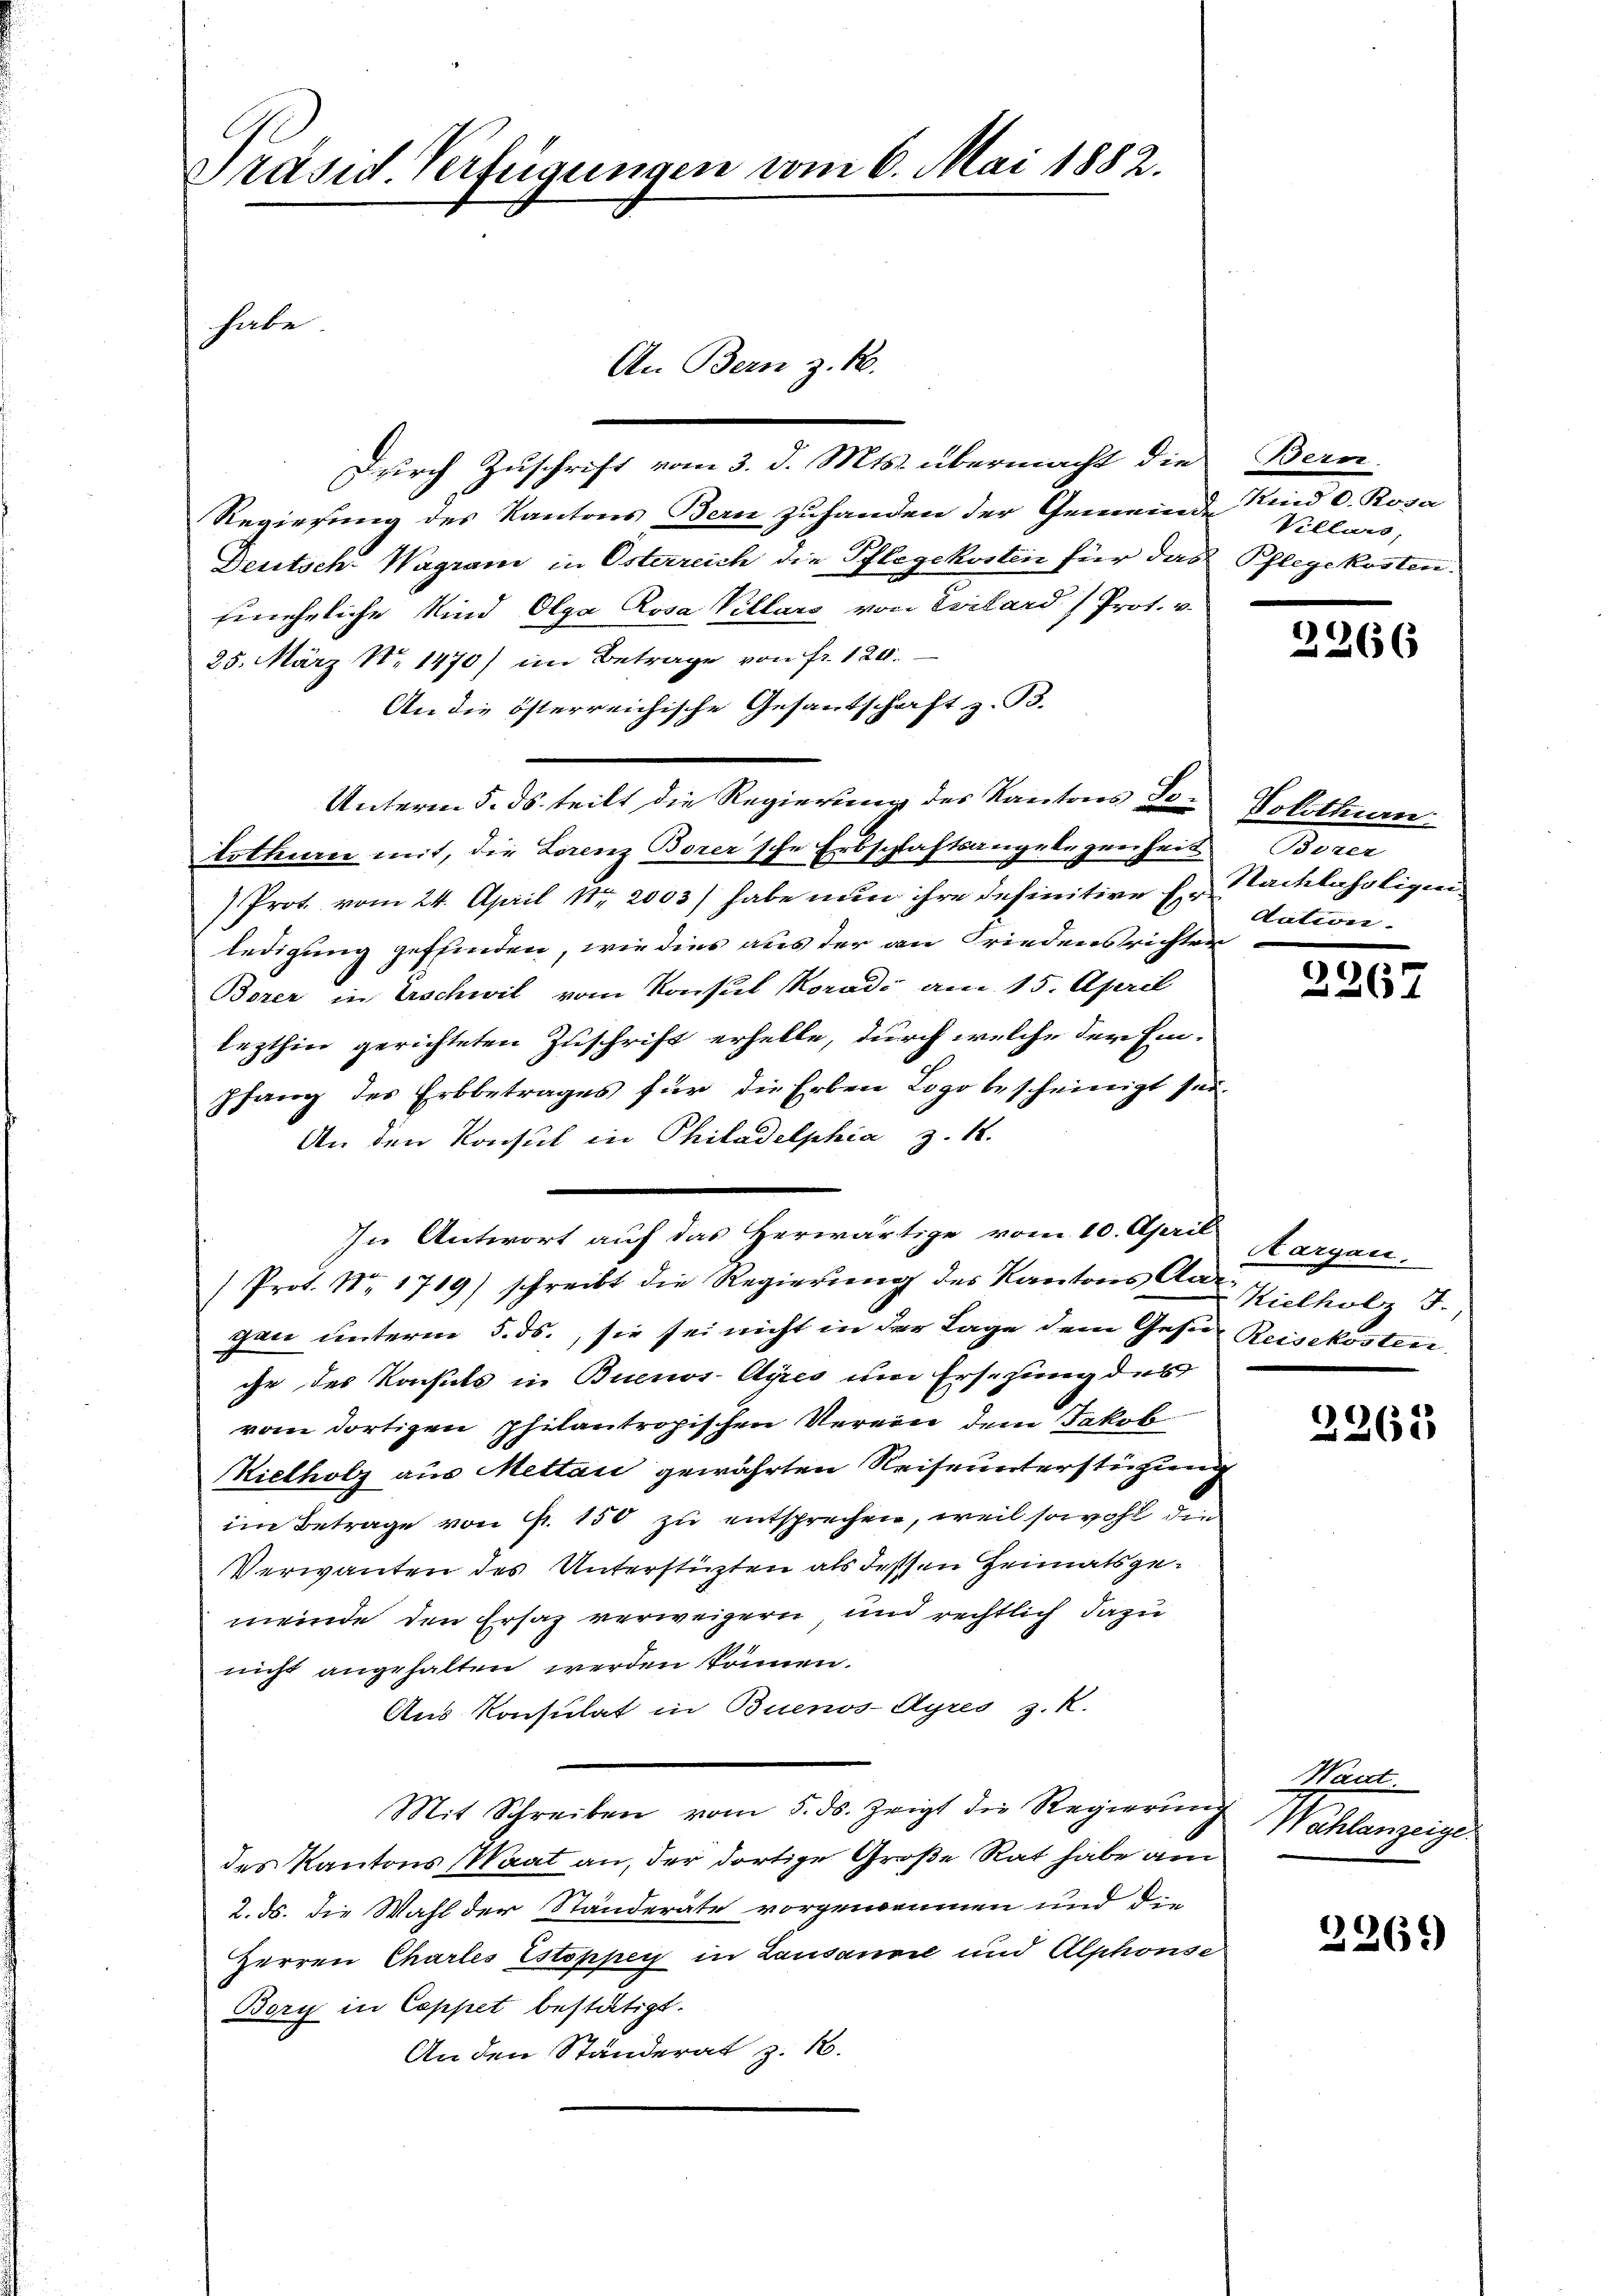
Präsid. Verfügungen vom 6. Mai 1882.
habe
An Bern z. B.

Durch Zuschrift vom 3. d. Mts. übermacht die
Regierung des Kantons Bern zuhanden der Gemeinde Villars,
Deutsch-Wagrani in Österreich die Pflegekosten für das Pflegekosten.
ineheliche Kind Olga Rosa Villars von Pilard) Prot. v.
25. März N. 1470) im Betrage von fr. 120.
An die österreichische Gesandschaft z. B.
Unterm 5. ds. teilt die Regierung des Kantons den Solothurn
lothurn mit, die Lorenz Borer'sche Erbschaftsangelegenheit
Prot vom 24. April Nr 2003) habe nun ihre definitive Er Stacklehrligen
ledigung geffinden, wie dies aus der an Friedensrichten
Borer in Erschwil vom Konsul Koradi am 15. April
lezthin gerichteten Zuschrift erhelle, durch welche der Ein¬
Pfanz des Erbbetrages für die Erben Logo bescheinigt sei.
An den Konsul in Philadelphia z. 18.
In Antwort auf das Herwärtige vom 10. April
Prot. Nr. 1719) schreibt die Regierung des Kantons Aargan unterm 5. ds., sie sei nicht in der Lage dem Geser Reisekosten
che des Konsuls in Buenos-Ayres um Ersezung des
vom dortigen philantropischen Verein dem Jakob
Kielholz aus Mettau gewährten Reiseunterstüzung
im Betrage von Fr. 150 zu entsprechen, weil sowohl die
Verwanten des Unterstüzten als dessen Heimatsgemeinde den Ersaz verweigern, und rechtlich dazu
nicht angehalten werden können.
Aus Konsulat in Buenos-Ayres z. R.
Mit Schreiben vom 5. ds. zeigt die Regierŭng
des Kantons (Waat an, der dortige Große Rat habe am
2. ds. die Wahl der Ständerate vorgenommen und die
Herren Charles Estoppen in Lausanne und Alphonse
Bory in Cappet bestätigt.
An den Ständerat z. B.

Bern
Kind d. Rosa
1

2266

Borer
dation.

2267

Aargau.
Kielholz I

2265

Want.
Wahlanzeige.

2269